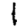
Digit: 1